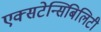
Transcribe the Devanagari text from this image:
एक्सटेन्सिबिलिटी